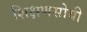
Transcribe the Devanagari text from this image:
शिक्षणसोयी